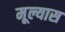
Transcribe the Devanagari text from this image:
मूल्यास